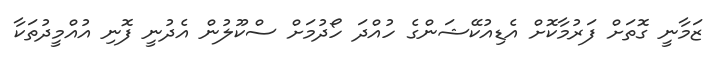
ޒަމާނީ ގޮތަށް ފަރުމާކޮށް އެޑިއުކޭޝަންގެ ހުއްދަ ހޯދުމަށް ސްކޫލުން އެދުނީ ފޮނި އުއްމީދުތަކާ